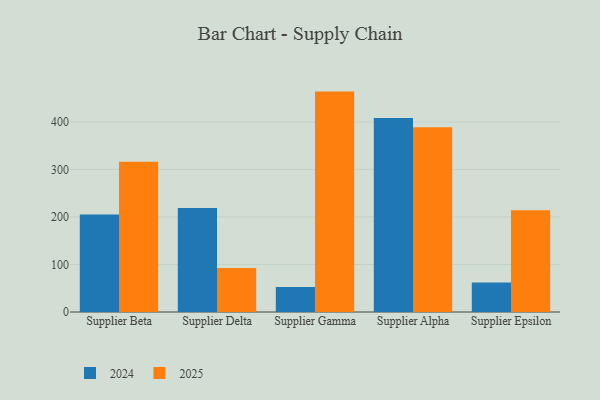
{"axis": {"x": "Supplier", "y": "Tickets Resolved"}, "legend": ["2024", "2025"], "data": [{"x": "Supplier Beta", "y": 205.5, "type": "2024"}, {"x": "Supplier Beta", "y": 316.7, "type": "2025"}, {"x": "Supplier Delta", "y": 219.0, "type": "2024"}, {"x": "Supplier Delta", "y": 92.8, "type": "2025"}, {"x": "Supplier Gamma", "y": 52.5, "type": "2024"}, {"x": "Supplier Gamma", "y": 464.2, "type": "2025"}, {"x": "Supplier Alpha", "y": 408.6, "type": "2024"}, {"x": "Supplier Alpha", "y": 389.0, "type": "2025"}, {"x": "Supplier Epsilon", "y": 62.3, "type": "2024"}, {"x": "Supplier Epsilon", "y": 214.3, "type": "2025"}]}